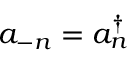
a _ { - n } = a _ { n } ^ { \dagger }